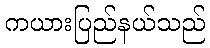
ကယားပြည်နယ်သည်